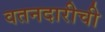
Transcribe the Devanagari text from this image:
वतनदारीची